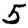
Digit: 5